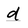
Character: d